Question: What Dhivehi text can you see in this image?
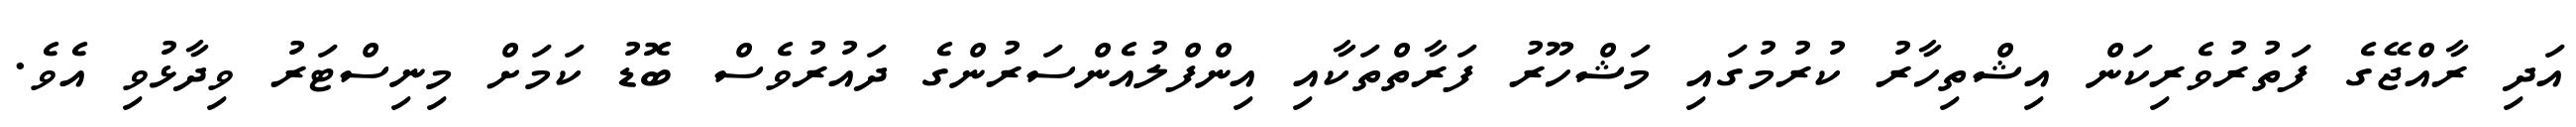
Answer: އަދި ރާއްޖޭގެ ފަތުރުވެރިކަން އިޝްތިހާރު ކުރުމުގައި މަޝްހޫރު ފަރާތްތަކާއި އިންފްލުއެންސަރުންގެ ދައުރުވެސް ބޮޑު ކަމަށް މިނިސްޓަރު ވިދާޅުވި އެވެ.